Annual report of the Punjab Veterinary College and of the Civil Veterinary Department, Punjab - 1894-1908
Year: 1894
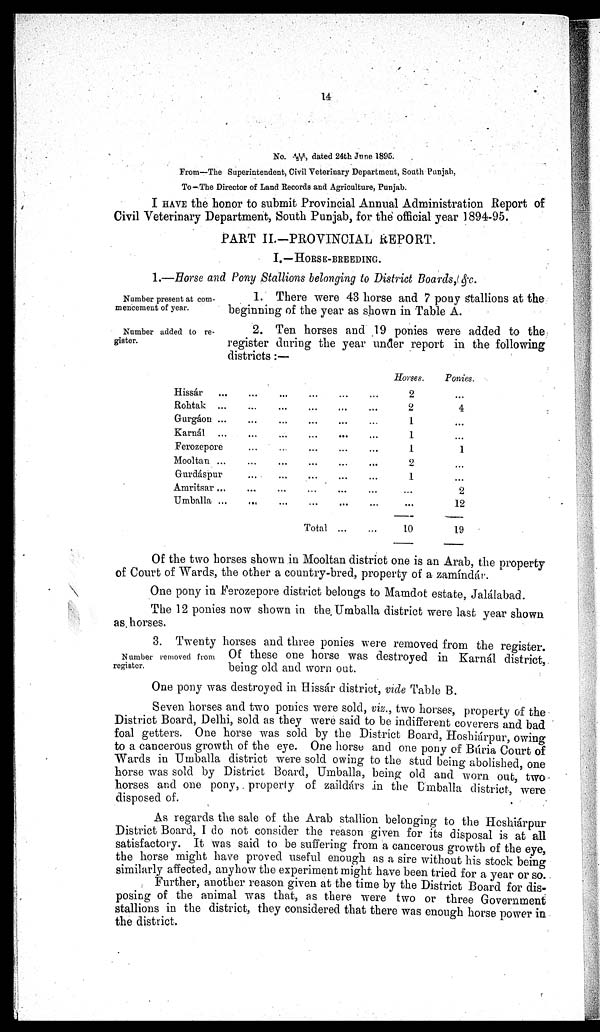
14
No. 416/27, dated 24th June 1895.
From—The Superintendent, Civil Veterinary Department, South Punjab,
To—The Director of Land Records and Agriculture, Punjab.
I HAVE the honor to submit Provincial Annual Administration Report of
Civil Veterinary Department, South Punjab, for the official year 1894-95.
PART II.-PROVINCIAL REPORT.
I.—HORSE-BREEDING.
1.—Horse and Pony Stallions belonging to District Boards, &c.
Number present at com-
mencement of year.
1. There were 43 horse and 7 pony stallions at the
beginning of the year as shown in Table A.
Number added to re-
gister.
2. Ten horses and 19 ponies were added to the
register during the year under report in the following
districts:—
Hissár ... ... ... ... ... ...
Rohtak ...
...
...
...
...
Gurgáon ... ... ... ... ...
Karnál
...
...
...
...
...
Ferozepore ... ... ... ...
Mooltan ...
...
...
...
...
Gurdéspur
...
...
...
...
Amritsar ... ... ... ... ...
Umballa
...
...
...
...
...
Total
...
...
Horses.
2
2
1
1
1
2
1
...
...
10
Ponies.
...
4
...
...
1
...
...
2
12
19
Of the two horses shown in Mooltan district one is an Arab, the property
of Court of Wards, the other a country-bred, property of a zamíndár.
One pony in Ferozepore district belongs to Mamdot estate, Jalálabad.
The 12 ponies now shown in the Umballa district were last year shown
as. horses.
Number removed from
register.
3. Twenty horses and three ponies were removed from the register.
Of these one horse was destroyed in Karnál district,
being old and worn out.
One pony was destroyed in Hissár district, vide Table B.
Seven horses and two ponies were sold, viz., two horses, property of the
District Board, Delhi, sold as they were said to be indifferent coverers and bad
foal getters. One horse was sold by the District Board, Hoshiárpur, owing
to a cancerous growth of the eye. One horse and one pony of Búria Court of
Wards in Umballa district were sold owing to the stud being abolished one
horse was sold by District Board, Umballa, being old and worn out, two
horses and one pony, property of zaildárs in the Umballa district, were
disposed of.
As regards the sale of the Arab stallion belonging to the Hoshiárpur
District Board, I do not consider the reason given for its disposal is at all
satisfactory. It was said to be suffering from a cancerous growth of the eye,
the horse might have proved useful enough as a sire without his stock being
similarly affected, anyhow the experiment might have been tried for a year or so
Further, another reason given at the time by the District Board for dis-
posing of the animal was that, as there were two or three Government
stallions in the district, they considered that there was enough horse power in
the district.